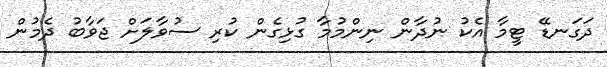
ދަގަނޑޭ ޓީމާ އެކު ނުދާން ނިންމުމާ ގުޅިގެން ކުރި ސުވާލަށް ޖަވާބު ދެމުން